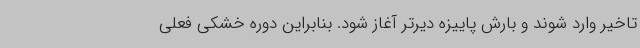
تاخیر وارد شوند و بارش پاییزه دیرتر آغاز شود. بنابراین دوره خشکی فعلی